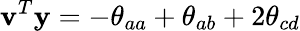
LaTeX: \mathbf{v}^{T}\mathbf{y}=-\theta_{aa}+\theta_{ab}+2\theta_{cd}